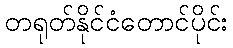
တရုတ်နိုင်ငံတောင်ပိုင်း